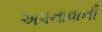
અપનાવાની